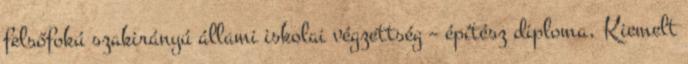
felsőfokú szakirányú állami iskolai végzettség – építész diploma, Kiemelt